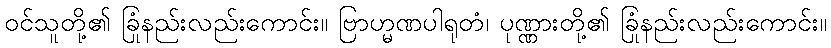
ဝင်သူတို့၏ ခြုံနည်းလည်းကောင်း။ ဗြာဟ္မဏပါရုတံ၊ ပုဏ္ဏားတို့၏ ခြုံနည်းလည်းကောင်း။